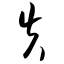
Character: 失